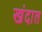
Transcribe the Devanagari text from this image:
खंदात